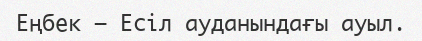
Еңбек – Есіл ауданындағы ауыл.